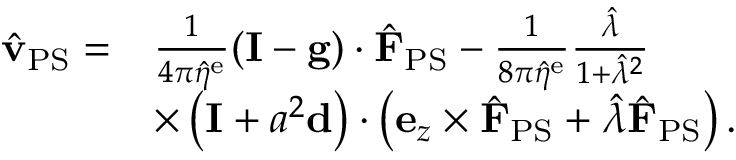
\begin{array} { r l } { \hat { \mathbf { v } } _ { \mathrm { P S } } = } & { \frac { 1 } { 4 \pi \hat { \eta } ^ { \mathrm { e } } } ( \mathbf { I } - \mathbf { g } ) \cdot \hat { \mathbf { F } } _ { \mathrm { P S } } - \frac { 1 } { 8 \pi \hat { \eta } ^ { \mathrm { e } } } \frac { \hat { \lambda } } { 1 + \hat { \lambda } ^ { 2 } } } \\ & { \times \left( \mathbf { I } + a ^ { 2 } \mathbf { d } \right) \cdot \left( \mathbf { e } _ { z } \times \hat { \mathbf { F } } _ { \mathrm { P S } } + \hat { \lambda } \hat { \mathbf { F } } _ { \mathrm { P S } } \right) . } \end{array}